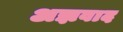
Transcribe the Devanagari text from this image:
अझवाद